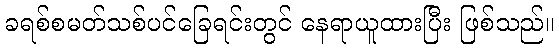
ခရစ်စမတ်သစ်ပင်ခြေရင်းတွင် နေရာယူထားပြီး ဖြစ်သည်။